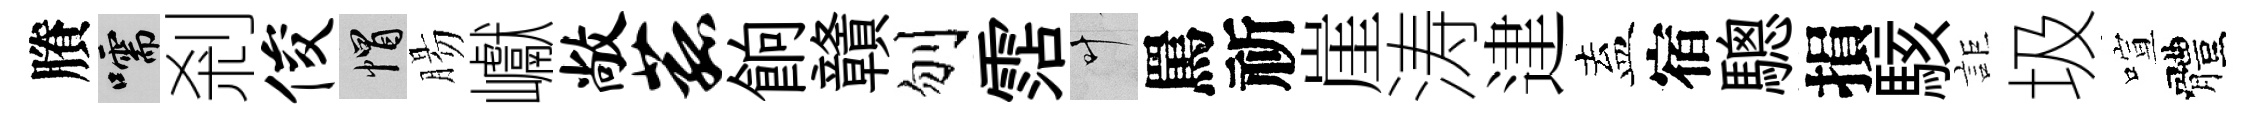
賸嚅剎俊帽腸巘敞菰餉贛刎霑叶罵祈崖涛䢖盍宿驄損駭詎圾喧體